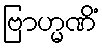
ဗြာဟ္မဏိံ